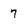
Character: 7